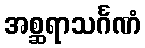
အစ္ဆရာသင်္ဂဏံ